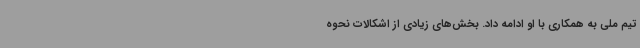
تیم‌ ملی به همکاری با او ادامه داد. بخش‌های زیادی از اشکالات نحوه